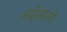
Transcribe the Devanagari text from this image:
आईआरटी